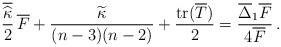
LaTeX: \begin{align*}\frac{\overline{\widehat{\kappa}}}{2}\,\overline{F}+\frac{\widetilde{\kappa}}{(n-3)(n-2)}+\frac{{\rm tr}(\overline{T})}{2}=\frac{\overline{\Delta}_1\overline{F}}{4\overline{F}}\,.\end{align*}